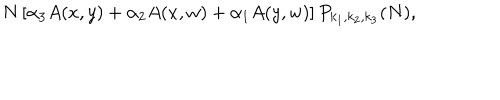
LaTeX: N \left[ \alpha _ { 3 } A ( x , y ) + \alpha _ { 2 } A ( x , w ) + \alpha _ { 1 } A ( y , w ) \right] P _ { k _ { 1 } , k _ { 2 } , k _ { 3 } } ( N ) ,